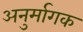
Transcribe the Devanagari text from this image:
अनुर्मागक